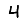
Digit: 4